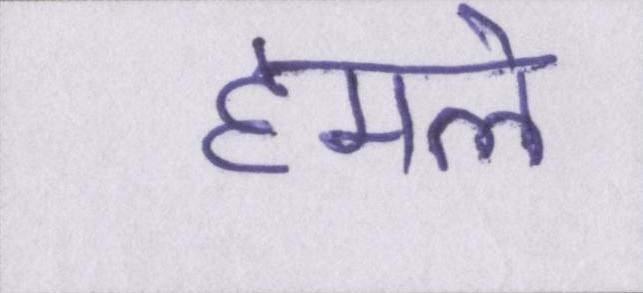
हमले